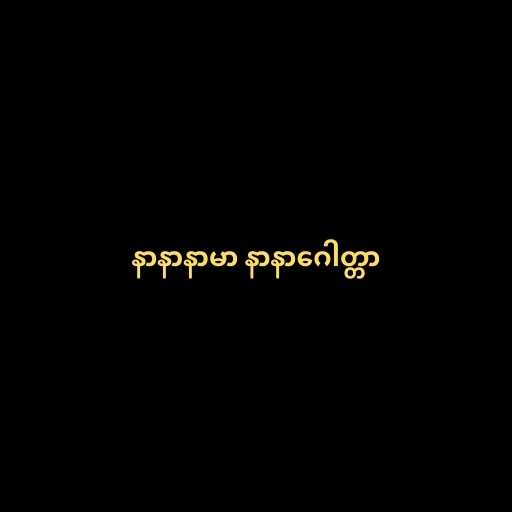
နာနာနာမာ နာနာဂေါတ္တာ